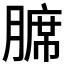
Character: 𫟊